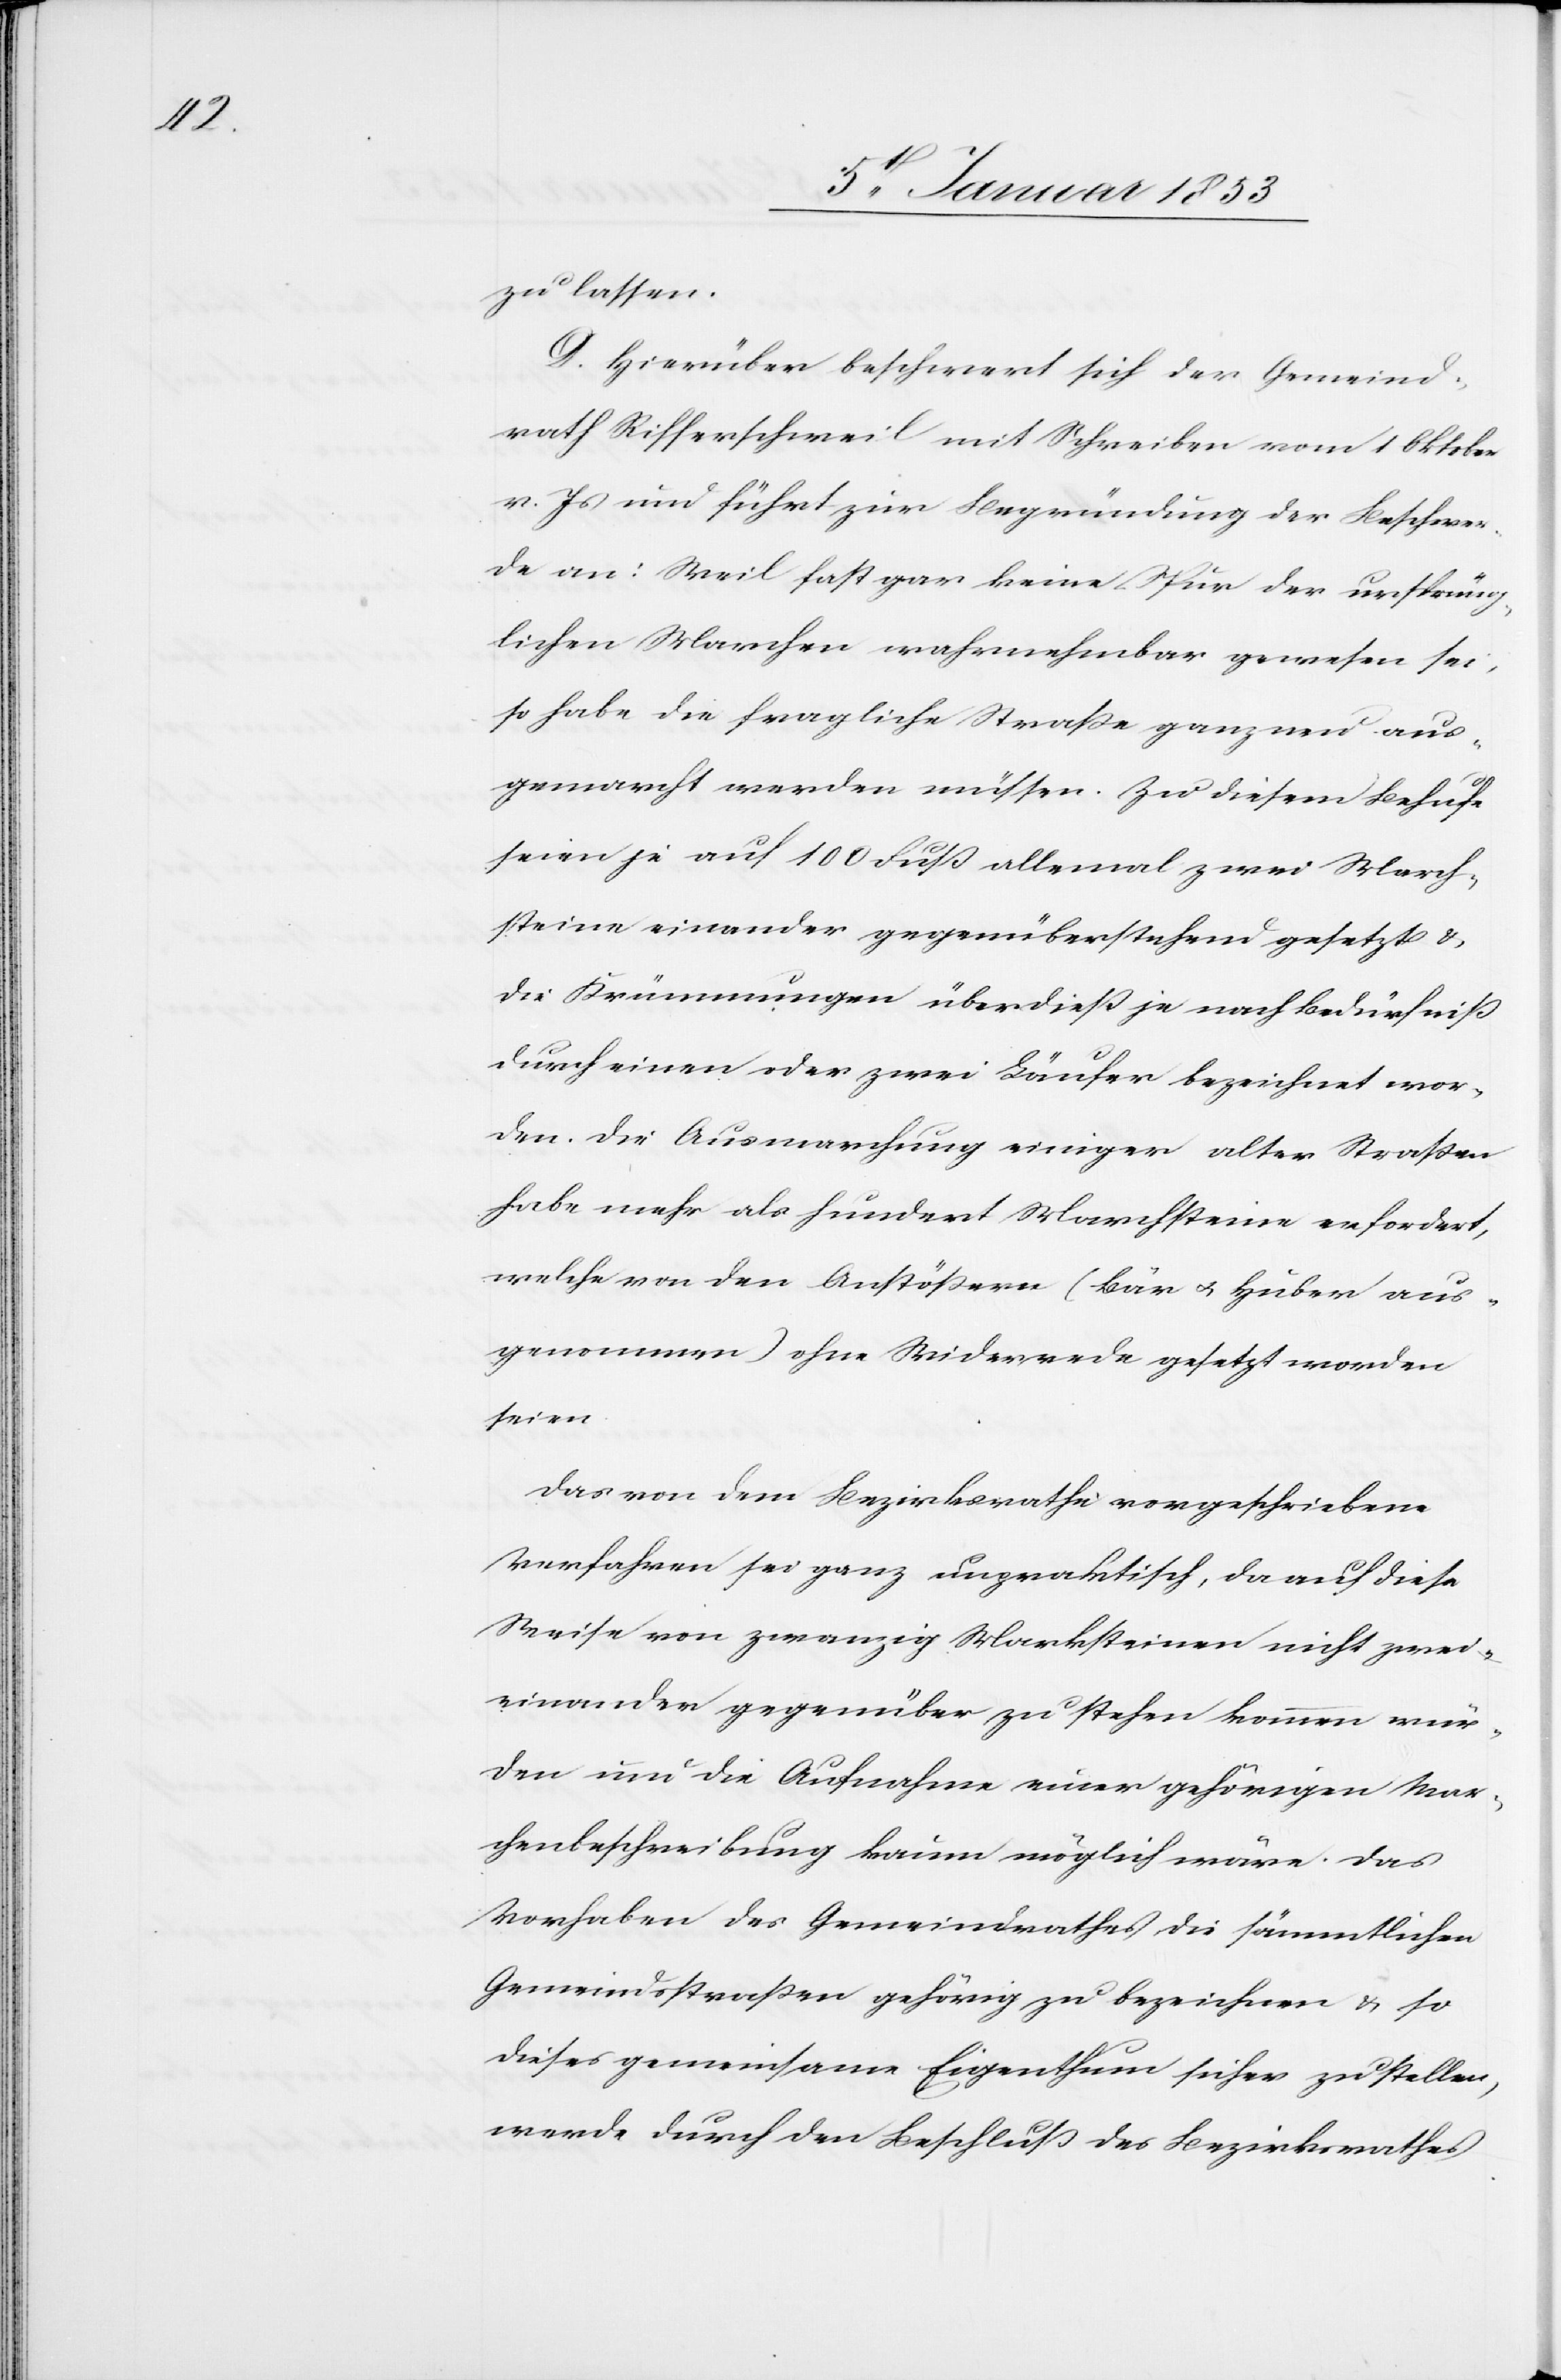
zu lassen.
D. Hierüber beschwert sich der Gemeind¬
rath Riffertschweil mit Schreiben vom 1 Oktober
v. Js. und führt zur Begründung der Beschwer¬
de an: Weil fast gar keine Spur der ursprüng¬
lichen Marchen wahrnehmbar gewesen sei,
so habe die fragliche Strasse ganze neu aus¬
gemarcht werden müssen. Zu diesem Behufe
seien je auf 100 Fuß allemal zwei March¬
steine einander gegenüberstehend gesetzt u.
die Krümmungen überdieß je nach Bedürfniß
durch einen oder zwei Läufer bezeichnet wor¬
den. Die Ausmarchung einiger alter Strassen
habe mehr als hundert Marchsteine erfordert,
welche von den Anstössern (Bär u. Huber aus¬
genommen) ohne Widerrede gesetzt worden
seien.
Das von dem Bezirksrathe vorgeschriebene
Verfahren sei ganz unpraktisch, da auf diese
Weise von zwanzig Marksteinen nicht zwei
einander gegenüber zu stehen kommen wür¬
den um die Aufnahme einer gehörigen Mar¬
chenbeschreibung kaum möglich wäre. Das
Vorhaben des Gemeindrathes die sämmtlichen
Gemeindsstraßen gehörig zu bezeichnen u. so
dieses gemeinsame Eigenthum sicher zu stellen,
werde durch den Beschluß des Bezirksrathes